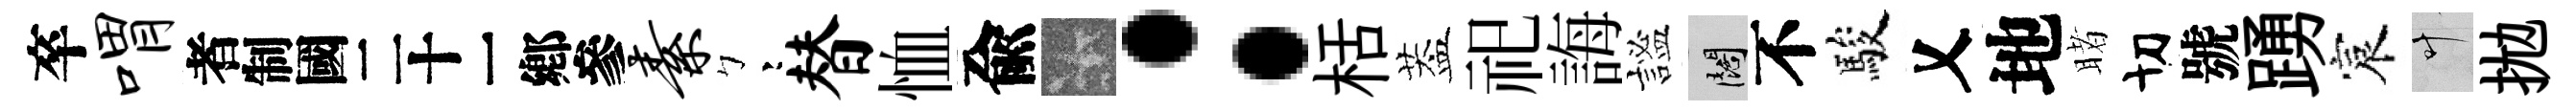
卒喟识素彎替恤兪卡：栝葢祀誨謐闊不駿乂地睹切號踴宸叶拋